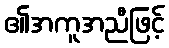
၏အကူအညီဖြင့်